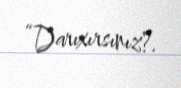
“Darıxırsınız?.